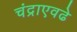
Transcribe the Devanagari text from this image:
चंद्राएवढे